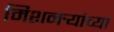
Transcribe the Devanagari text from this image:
मिशनर्‍यांच्या